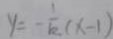
y = - \frac { 1 } { 1 2 } ( x - 1 )